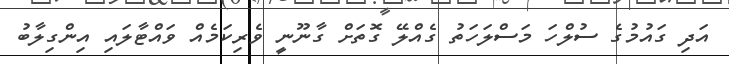
އަދި ގައުމުގެ ސުލްހަ މަސްލަހަތު ގެއްލޭ ގޮތަށް ގާނޫނީ ވެރިކަމެއް ވައްޓާލައި އިންގިލާބު